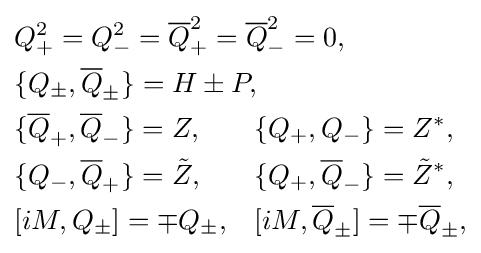
{\begin{aligned}&{\begin{aligned}&Q_{+}^{2}=Q_{-}^{2}={\overline {Q}}_{+}^{2}={\overline {Q}}_{-}^{2}=0,\\&\{Q_{\pm },{\overline {Q}}_{\pm }\}=H\pm P,\\\end{aligned}}\\&{\begin{aligned}&\{{\overline {Q}}_{+},{\overline {Q}}_{-}\}=Z,&&\{Q_{+},Q_{-}\}=Z^{*},\\&\{Q_{-},{\overline {Q}}_{+}\}={\tilde {Z}},&&\{Q_{+},{\overline {Q}}_{-}\}={\tilde {Z}}^{*},\\&{[iM,Q_{\pm }]}=\mp Q_{\pm },&&{[iM,{\overline {Q}}_{\pm }]}=\mp {\overline {Q}}_{\pm },\end{aligned}}\end{aligned}}